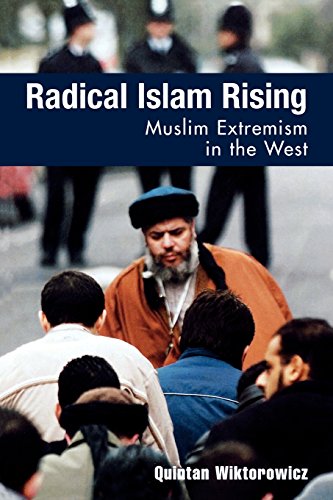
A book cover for Radical Islam Rising: Muslim Extremism in the West; Quintan Wiktorowicz; Religion & Spirituality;